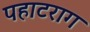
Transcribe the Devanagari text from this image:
पहाटराग